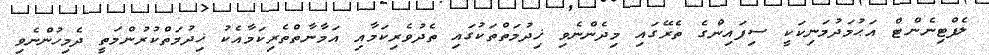
ލެފްޓިނެންޓް އަޙުމަދުމަނިކަކީ ސިފައިންގެ ތެރޭގައި މިދެންނެވި ޚިދުމަތްތަކުގައި ތެދުވެރިކަމާއި އަމާނާތްތެރިކަމާއެކު ޚިދުމަތްކުރުންމަތީ ދެމިހުންނެވި